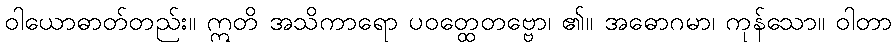
ဝါယောဓာတ်တည်း။ ဣတိ အသိကာရော ပဝတ္ထေတဗ္ဗော၊ ၏။ အဓောဂမာ၊ ကုန်သော။ ဝါတာ